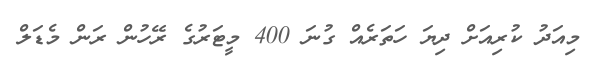
މިއަދު ކުރިއަށް ދިޔަ ހަތަރެެއް ގުނަ 400 މީޓަރުގެ ރޭހުން ރަން މެޑަލް